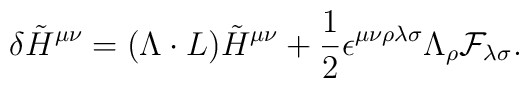
\delta \tilde{H}^{\mu\nu} = (\Lambda \cdot L) \tilde{H}^{\mu\nu} + {1\over 2}\epsilon^{\mu\nu\rho\lambda\sigma} \Lambda_\rho {\cal F}_{\lambda\sigma}.